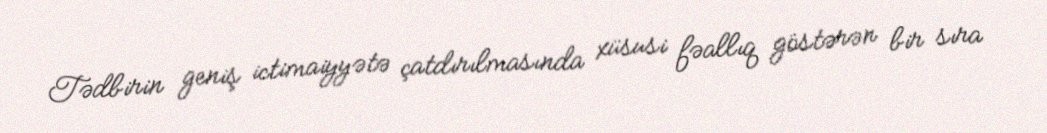
Tədbirin geniş ictimaiyyətə çatdırılmasında xüsusi fəallıq göstərən bir sıra